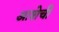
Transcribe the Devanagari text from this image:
आशेची